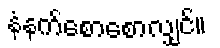
နံနက်စောစောလျှင်။